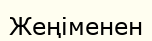
Жеңіменен